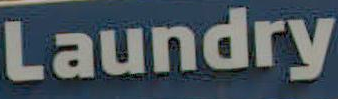
Laundry